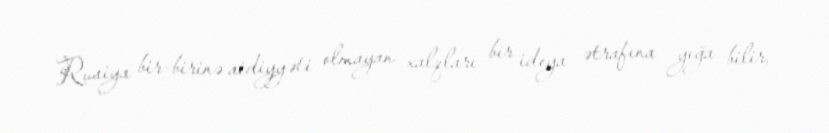
Rusiya bir-birinə aidiyyəti olmayan xalqları bir ideya ətrafına yığa bilir,